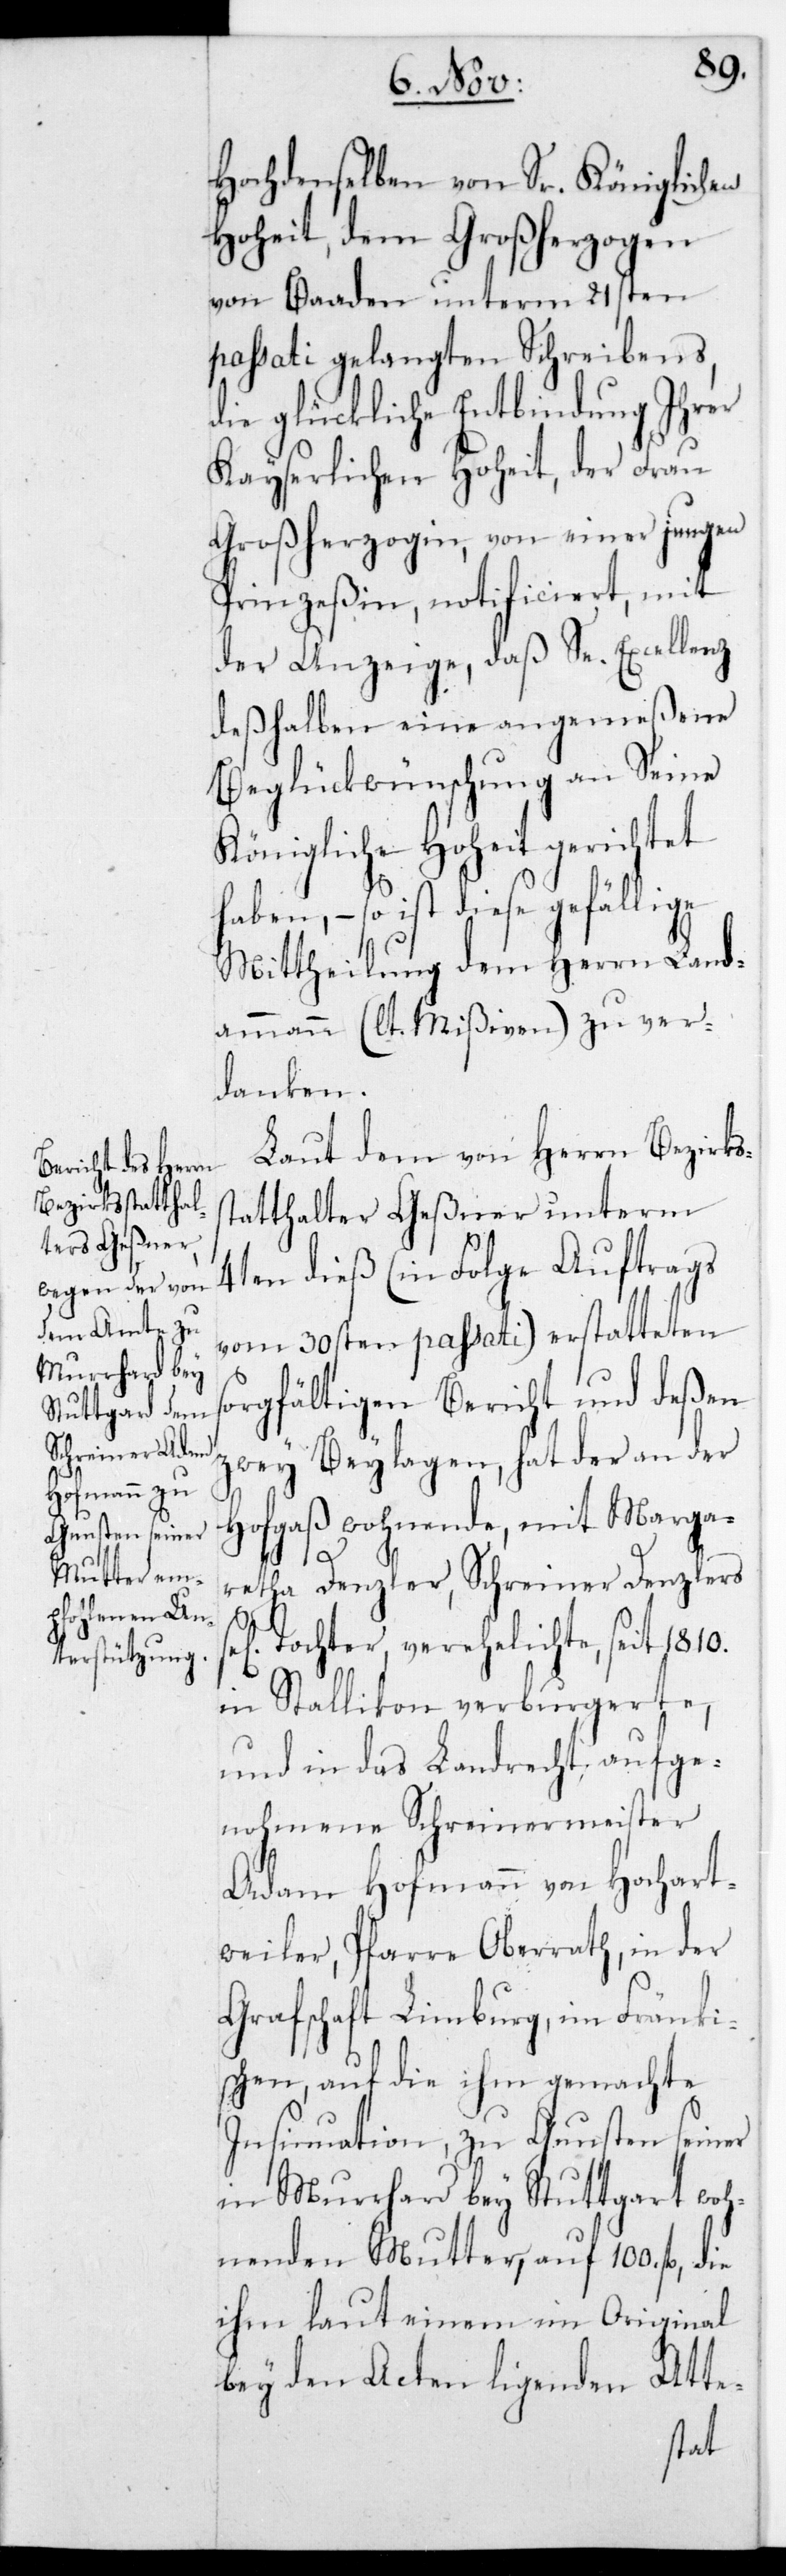
s¬

Hochdenselben von Sr. Königlichen
Hoheit, dem Großherzogen
von Baaden, unterm 21sten
passati gelangten Schreibens,
die glückliche Entbindung Ihrer
Kayserlichen Hoheit, der Frau
Großherzogin, von einer jungen
Prinzeßin, notificiert, mit
der Anzeige, daß Se. Excellenz
deßhalben eine angemeßene
Beglückwünschung an Seine
Königliche Hoheit gerichtet
haben, – so ist diese gefällige
Mittheilung dem Herrn Land¬
ammann (lt. Mißiven) zu ver¬
danken.
Laut dem von Herrn Bezirks¬
statthalter Geßner unterm
4ten dieß (in Folge Auftrags
vom 30sten passati) erstatteten
orgfältigen Bericht und deßen
zwey Beylagen, hat der an der
Hofgaß wohnende, mit Marga¬
retha Denzler, Schreiner Denzlers
Tochter, verehelichte, seit 1810.
in Stallikon verburgerete,
und in das Landrecht aufge¬
nohmene Schreinermeister
Adam Hofmann von Hochart¬
weiler, Pfarre Oberrath, in der
Grafschaft Limburg, im Fränki¬
schen, auf die ihm gemachte
Insinuation, zu Gunsten seiner
in Murrhard bey Stuttgart woh¬
nenden Mutter, auf 100. fl.,
ihm laut einem im Original
bey den Acten liegenden Atte-